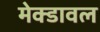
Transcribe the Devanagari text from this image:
मेक्डावल